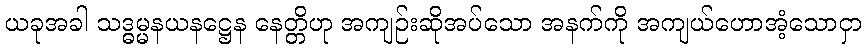
ယခုအခါ သဒ္ဓမ္မနယနဋ္ဌေန နေတ္တိဟု အကျဉ်းဆိုအပ်သော အနက်ကို အကျယ်ဟောအံ့သောငှာ